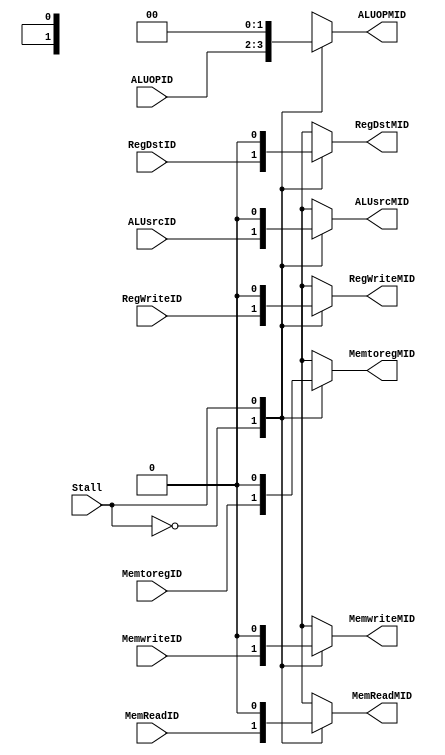
`timescale 1ns / 1ps
//////////////////////////////////////////////////////////////////////////////////
// Company: 
// 
// Design Name: 
// Module Name:     CONTROL SIGNAL MUX
// Project Name: 

// Revision: 
// Revision 0.01 - File Created
// Additional Comments: 
/////////////////////////////////////// CONTROL SIGNAL MUX/////////////////////////
module MIPS_CONTROLMUX (		
	input 	MemReadID,	
	input 	MemwriteID,
	input 	MemtoregID,
	input 	RegWriteID,	
	input 	RegDstID,
	input 	ALUsrcID,
	input 	[1:0]ALUOPID,
	input 	Stall,
	output	reg MemReadMID,	
	output	reg MemwriteMID,
	output	reg MemtoregMID,
	output	reg RegWriteMID,	
	output	reg RegDstMID,
	output	reg ALUsrcMID,
	output	reg [1:0]ALUOPMID
);
	//MUX USED TO INTRODUCE BUBBLE ON HAZARD DETECTION
	always @(MemReadID, MemwriteID, MemtoregID, RegWriteID, RegDstID, ALUsrcID, ALUOPID, Stall)
	begin
		//MAKE CONTROL SIGNALS = 0 IF STALL SIGNAL ==1
		case(Stall)
			0 : begin
				MemReadMID = MemReadID;
				MemwriteMID = MemwriteID;
				MemtoregMID = MemtoregID;
				RegWriteMID = RegWriteID;
				RegDstMID = RegDstID;
				ALUsrcMID = ALUsrcID;
				ALUOPMID = ALUOPID;
			    end
			1 : begin
				MemReadMID = 0;
				MemwriteMID = 0;
				MemtoregMID = 0;
				RegWriteMID = 0;
				RegDstMID = 0;
				ALUsrcMID = 0;
				ALUOPMID = 2'b0;
			    end
			default:begin
				MemReadMID = MemReadID;
				MemwriteMID = MemwriteID;
				MemtoregMID = MemtoregID;
				RegWriteMID = RegWriteID;
				RegDstMID = RegDstID;
				ALUsrcMID = ALUsrcID;
				ALUOPMID = ALUOPID;
			    end
		endcase
	end

	
endmodule